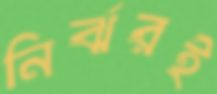
নির্ঝরই